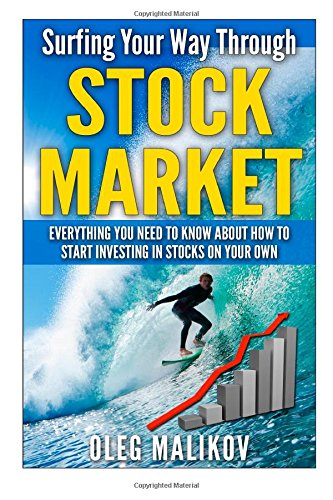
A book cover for Surfing Your Way Through Stock Market: Everything you need to know about how to start investing in stocks on your own; Oleg Malikov; Business & Money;